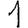
Digit: 1